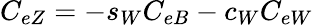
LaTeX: C_{eZ}=-s_{W}C_{eB}-c_{W}C_{eW}